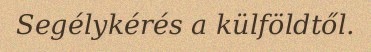
Segélykérés a külföldtől.